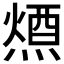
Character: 𭵷